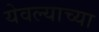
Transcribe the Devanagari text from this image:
येवल्याच्या